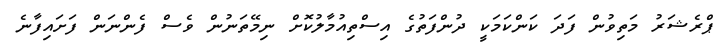
ޕްރެޝަރު މަތިވުން ފަދަ ކަންކަމަކީ ދުންފަތުގެ އިސްތިއުމާލުކޮށް ނިމޭތަނުން ވެސް ފެންނަން ފަށައިފާނެ